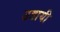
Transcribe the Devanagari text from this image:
उडायी